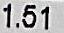
1.51